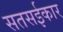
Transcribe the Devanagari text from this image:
सतसईकार